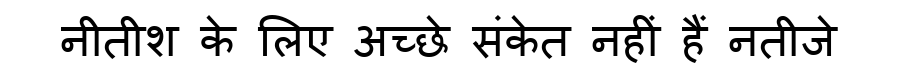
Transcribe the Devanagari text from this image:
नीतीश के लिए अच्छे संकेत नहीं हैं नतीजे